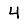
Digit: 4